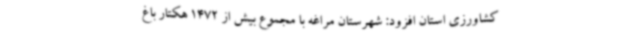
کشاورزی استان افزود: شهرستان مراغه با مجموع بیش از 1472 هکتار باغ